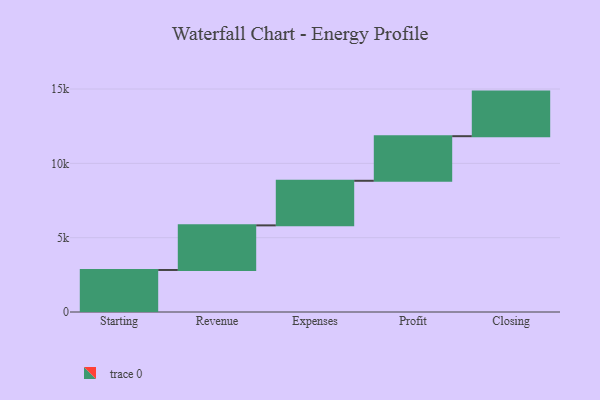
{"axis": {"x": "Step", "y": "Value"}, "legend": [""], "data": [{"x": "Starting", "y": 2828.0, "type": ""}, {"x": "Revenue", "y": 3000, "type": ""}, {"x": "Expenses", "y": 3000, "type": ""}, {"x": "Profit", "y": 3000, "type": ""}, {"x": "Closing", "y": 3000, "type": ""}]}